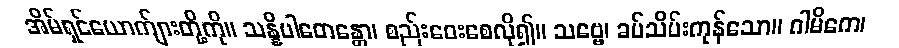
အိမ်ရှင်ယောက်ျားတို့ကို။ သန္နိပါတေန္တော၊ စည်းဝေးစေလို၍။ သဗ္ဗေ၊ ခပ်သိမ်းကုန်သော။ ဂါမိကေ၊